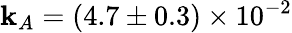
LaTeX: \mathbf{k}_{A}=(4.7\pm0.3)\times10^{-2}